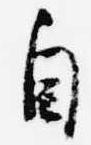
自